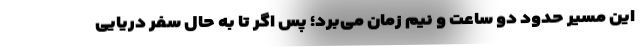
این مسیر حدود دو ساعت و نیم زمان می‌برد؛ پس اگر تا به حال سفر دریایی